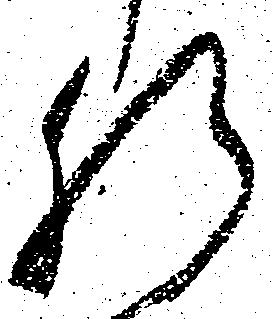
肝